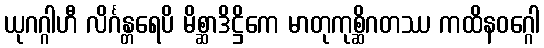
ယုဂဂ္ဂါဟီ လိင်္ဂန္တရေပိ မိစ္ဆာဒိဋ္ဌိကေ မာတုကုစ္ဆိဂတဿ ကထိနဝဂ္ဂေါ